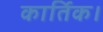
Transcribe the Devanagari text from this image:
कार्तिक।